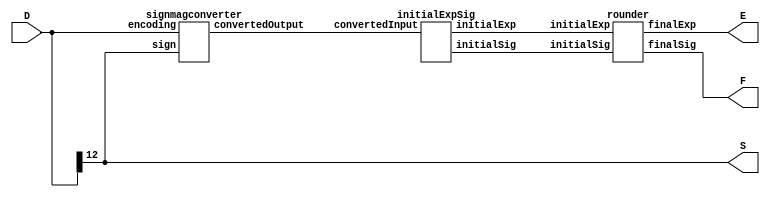
`timescale 1ns / 1ps
//////////////////////////////////////////////////////////////////////////////////
// Company: UCLA
// 
// Design Name: 
// Module Name:    FPCVT 
// Project Name: 
// Target Devices: 
// Tool versions: 
// Description: 
//
// Dependencies: 
//
// Revision: 
// Revision 0.01 - File Created
// Additional Comments: 
//
//////////////////////////////////////////////////////////////////////////////////


module FPCVT (D, S, E, F);

   input wire [12:0] D;
   output wire S;
   output wire [2:0] E;
   output wire [4:0] F;
	assign S = D[12];

   wire [12:0] convertedSignMag;
	wire [5:0] initialSig;
   wire [2:0] initialExp;
	
   signmagconverter convert(.encoding(D), .sign(S), .convertedOutput(convertedSignMag));
   initialExpSig getinitialExpSig(.convertedInput(convertedSignMag), .initialSig(initialSig), .initialExp(initialExp));
   rounder round(.initialSig(initialSig), .initialExp(initialExp), .finalSig(F), .finalExp(E));

endmodule



module signmagconverter(encoding, sign, convertedOutput);
  
  input [12:0] encoding;
  input sign; 
  output [12:0] convertedOutput;
  reg [12:0] convTemp;
  
  always @ (*) begin
	 convTemp = convertedOutput;
	 if(sign == 1) begin
	   if(encoding == -13'b1000000000000) begin
			convTemp = 13'b0111111111111; 
      end
		else begin
      convTemp = (~encoding) + 1; 
		end
    end
    else begin
       convTemp = encoding; 
     end
   end
	
	assign convertedOutput = convTemp;
	
endmodule




module initialExpSig(convertedInput,initialExp, initialSig);
  
  input [12:0] convertedInput;
  output [2:0] initialExp;
  output [5:0] initialSig;
  reg [2:0] initialExpTemp;
  reg [5:0] initialSigTemp;
  reg [4:0] fivebitSig;
  reg [12:0] pretruncated;
  reg [3:0] numzero;
  reg [2:0] shift;
  
  always @ (*) begin
      initialExpTemp = 0;
		initialSigTemp = 0;
		numzero = 0;
		shift = 0;
      if (convertedInput[12] == 0) begin
			numzero = numzero + 1;
			if (convertedInput[11] == 0) begin
				numzero = numzero + 1;
				if (convertedInput[10] == 0) begin
					numzero = numzero + 1;
					if (convertedInput[9] == 0) begin
						numzero = numzero + 1;
						if (convertedInput[8] == 0) begin
							numzero = numzero + 1;
							if (convertedInput[7] == 0) begin
								numzero = numzero + 1;
								if (convertedInput[6] == 0) begin
									numzero = numzero + 1;
									if (convertedInput[5] == 0) begin
										numzero = numzero + 1;
										end
								   end
								end
							end
						end
					end
				end
			end
		
		if (numzero >= 8) begin
			numzero = 8;
		end
		shift = 13 - (numzero + 6);
		if (numzero == 8) begin
			fivebitSig = convertedInput[4:0];
			initialSigTemp = {fivebitSig, 1'b0};
		end
		else begin
			pretruncated = convertedInput >> shift;
			initialSigTemp = pretruncated[5:0];
		end
	   initialExpTemp = 8 - numzero;
	end
  
	assign initialExp = initialExpTemp;
	assign initialSig = initialSigTemp;
	
endmodule



module rounder(initialSig, initialExp,finalSig, finalExp);
  
    input [5:0] initialSig;
    input [2:0] initialExp;
    output [4:0] finalSig;
    output [2:0] finalExp;
	 reg [5:0] inputSigTemp;
	 reg [2:0] inputExpTemp;
	 
    always @ (*) begin
		inputSigTemp = initialSig;
		inputExpTemp= initialExp;
		if(initialSig[0] == 1) begin //round up
			if ((&initialSig) == 1) begin //if all initial sig bits are 1
				if (initialExp < 7) begin //if initial exp < 7, truncate extra bit off end to make 5 bit again
					inputSigTemp = 5'b10000;
					inputExpTemp = initialExp + 1; //increase exponent value by 1 to compensate
				end
				else if (initialExp == 7) begin //if initial exp = 7, leave it
					inputSigTemp = 5'b11111;
					inputExpTemp = initialExp;
				end
			end
			else begin //normal round up procedure
				inputSigTemp = initialSig[5:1] + 1;
				inputExpTemp = initialExp;
			end
		end
		else begin //round down
			inputSigTemp = initialSig[5:1];
			inputExpTemp = initialExp;
		end
	 end
	 
	 assign finalSig = inputSigTemp;
	 assign finalExp = inputExpTemp;
	 
endmodule